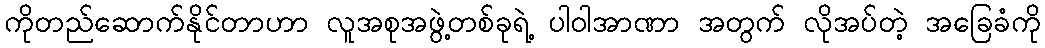
ကိုတည်ဆောက်နိုင်တာဟာ လူအစုအဖွဲ့တစ်ခုရဲ့ ပါဝါအာဏာ အတွက် လိုအပ်တဲ့ အခြေခံကို